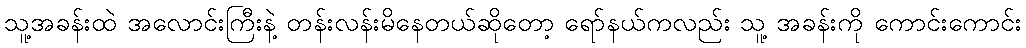
သူ့အခန်းထဲ အလောင်းကြီးနဲ့ တန်းလန်းမိနေတယ်ဆိုတော့ ရော်နယ်ကလည်း သူ့ အခန်းကို ကောင်းကောင်း